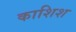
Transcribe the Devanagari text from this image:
काशिश